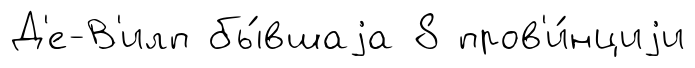
Д'е-В'илп бы́вшаjа 8 пров'и́нциjи